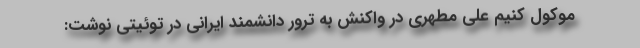
موکول کنیم علی مطهری در واکنش به ترور دانشمند ایرانی در توئیتی نوشت: